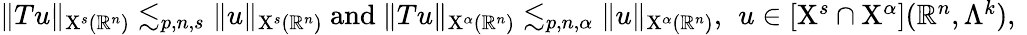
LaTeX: \begin{array}{r}{\lVert Tu\rVert_{\mathrm{X}^{s}(\mathbb{R}^{n})}\lesssim_{p,n,s}\lVert u\rVert_{\mathrm{X}^{s}(\mathbb{R}^{n})}\mathrm{~and~}\lVert Tu\rVert_{\mathrm{X}^{\alpha}(\mathbb{R}^{n})}\lesssim_{p,n,\alpha}\lVert u\rVert_{\mathrm{X}^{\alpha}(\mathbb{R}^{n})}\mathrm{,~}\, u\in[\mathrm{X}^{s}\cap\mathrm{X}^{\alpha}](\mathbb{R}^{n},\Lambda^{k})\mathrm{,~}}\end{array}